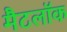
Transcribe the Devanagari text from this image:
मैटलॉक